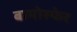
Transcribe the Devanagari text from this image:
बायोस्फेर